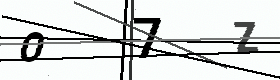
Text: O7Z